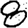
Digit: 8